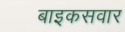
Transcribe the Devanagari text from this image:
बाइकसवार